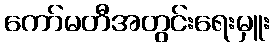
ကော်မတီအတွင်းရေးမှူး